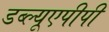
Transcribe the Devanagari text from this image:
डब्ल्यूएपीपी